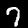
Label: 7